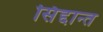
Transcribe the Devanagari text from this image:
सिंद्दान्त